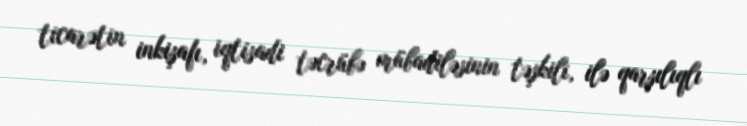
ticarətin inkişafı, iqtisadi təcrübə mübadiləsinin təşkili, ilə qarşılıqlı